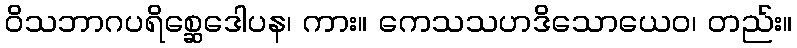
ဝိသဘာဂပရိစ္ဆေဒေါပန၊ ကား။ ကေသသဟဒိသောယေဝ၊ တည်း။